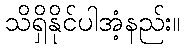
သိရှိနိုင်ပါအံ့နည်း။